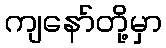
ကျနော်တို့မှာ